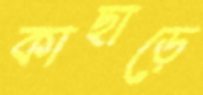
কাছাড়ে